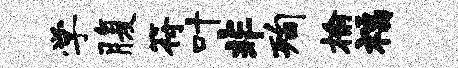
学腹符叶非洵榆福